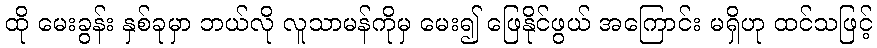
ထို မေးခွန်း နှစ်ခုမှာ ဘယ်လို လူသာမန်ကိုမှ မေး၍ ဖြေနိုင်ဖွယ် အကြောင်း မရှိဟု ထင်သဖြင့်